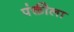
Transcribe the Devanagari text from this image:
पंक्तीला